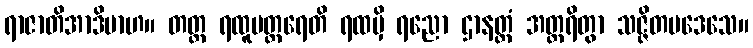
ရာဇာတိအာဒိမာဟ။ တတ္ထ ရထူပတ္ထရေတိ ရထမှိ ရညော ဌာနတ္ထံ အတ္ထရိတွာ သဇ္ဇိတပဒေသေ။